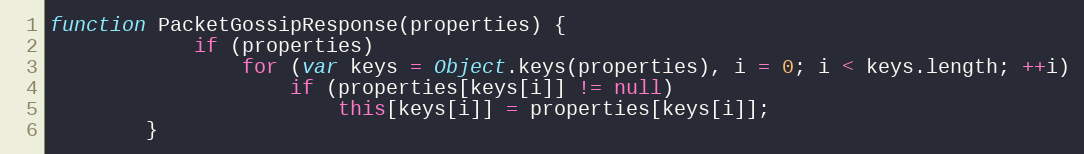
Language: JavaScript
function PacketGossipResponse(properties) {
			if (properties)
				for (var keys = Object.keys(properties), i = 0; i < keys.length; ++i)
					if (properties[keys[i]] != null)
						this[keys[i]] = properties[keys[i]];
		}